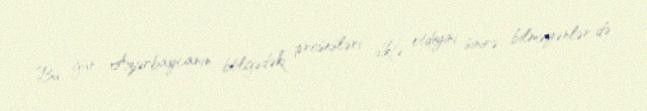
Bu gün Azərbaycanın bölgədəki prosesləri diktə etdiyini sinirə bilməyənlər də